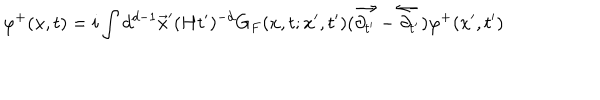
\varphi ^ { + } ( x , t ) = i \int d ^ { d - 1 } \vec { x } ^ { \prime } ( H t ^ { \prime } ) ^ { - d } G _ { F } ( x , t ; x ^ { \prime } , t ^ { \prime } ) ( \overrightarrow { \partial _ { t ^ { \prime } } } - \overleftarrow { \partial _ { t ^ { \prime } } } ) \varphi ^ { + } ( x ^ { \prime } , t ^ { \prime } )